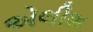
એલીશ